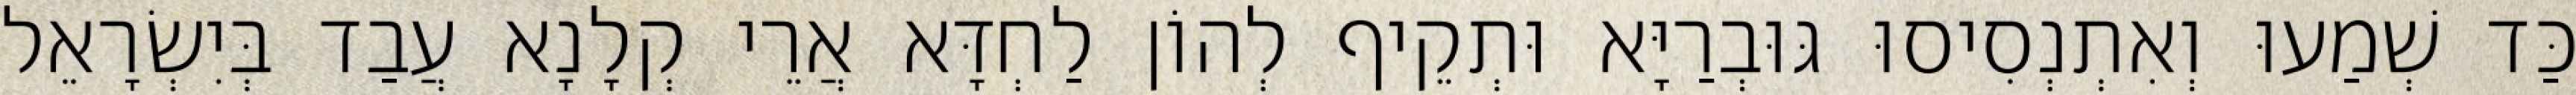
כַּד שְׁמַעוּ וְאִתְנְסִיסוּ גּוּבְרַיָּא וּתְקֵיף לְהוֹן לַחְדָּא אֲרֵי קְלָנָא עֲבַד בְּיִשְׂרָאֵל